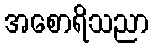
အစောရိသညာ